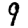
Digit: 9